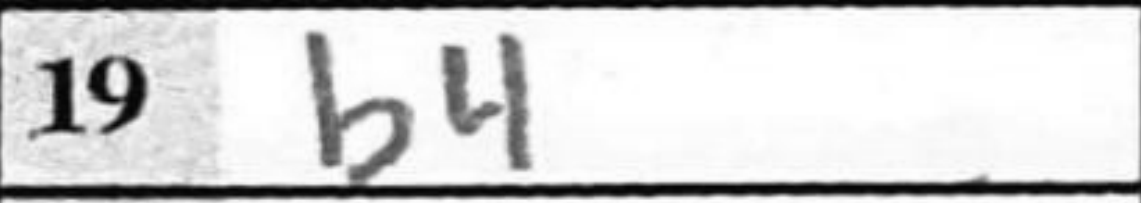
Transcription: b4